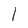
Character: 1